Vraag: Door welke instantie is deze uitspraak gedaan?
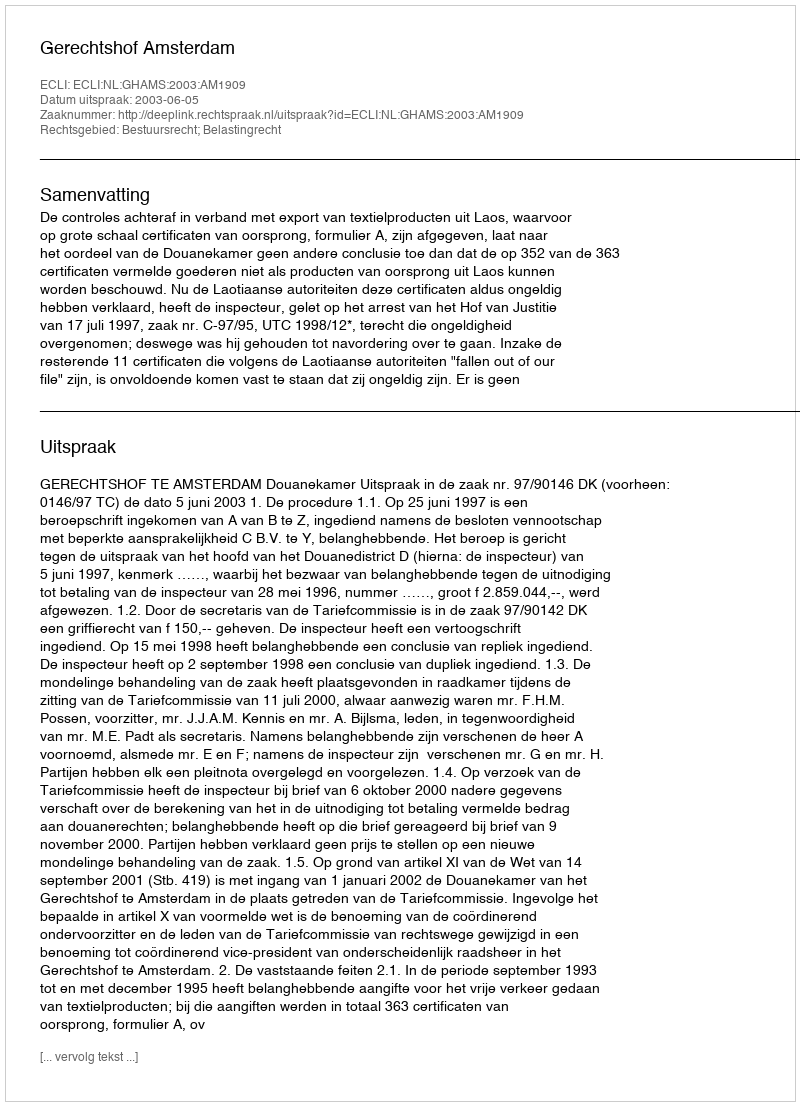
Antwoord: Gerechtshof Amsterdam